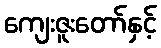
ကျေးဇူးတော်နှင့်